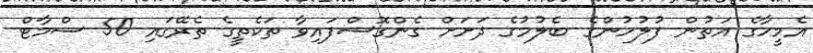
އެމީހާގެ އަތުން ފުލުހުންގެ ބެލުމުގެ ދަށަށް ގެންގޮސްފައިވާ ތަކެތީގެ ތެރޭގައި 50 ސްމާޓް